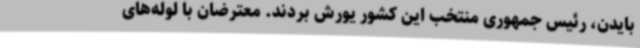
بایدن، رئیس جمهوری منتخب این کشور یورش بردند. معترضان با لوله‌های